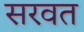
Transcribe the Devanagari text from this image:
सरवत